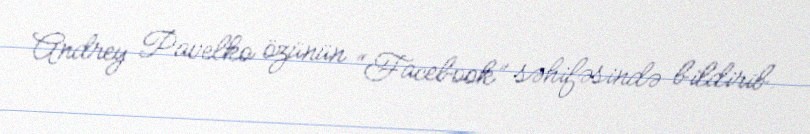
Andrey Pavelko özünün “Facebook” səhifəsində bildirib.